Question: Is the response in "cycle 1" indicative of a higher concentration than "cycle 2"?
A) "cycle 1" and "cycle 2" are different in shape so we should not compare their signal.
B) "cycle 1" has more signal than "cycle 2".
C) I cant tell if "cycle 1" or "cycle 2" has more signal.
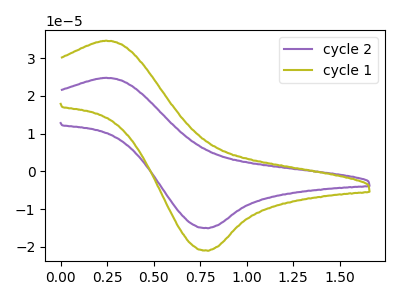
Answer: <think>The purple curve "cycle 2" has an anodic peak at (0.25V, 24.80uA) and a cathodic peak at (0.80V, -15.05uA). The olive curve "cycle 1" has an anodic peak at (0.25V, 34.65uA) and a cathodic peak at (0.80V, -21.00uA).
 All the peaks in "cycle 1" have a peak in "cycle 2" at the same potential. Every peak in "cycle 1" is higher than every peak in "cycle 2".</think>
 <answer>B) "cycle 1" has more signal than "cycle 2".</answer>
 <eval>B</eval>